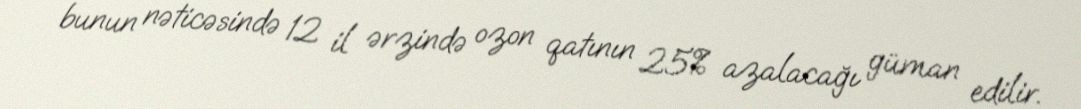
bunun nəticəsində 12 il ərzində ozon qatının 25% azalacağı güman edilir.